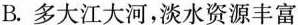
B.多大江大河，淡水资源丰富